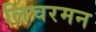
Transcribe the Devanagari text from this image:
लिचरमन